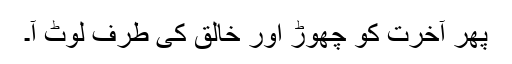
پھر آخرت کو چھوڑ اور خالق کی طرف لوٹ آ۔